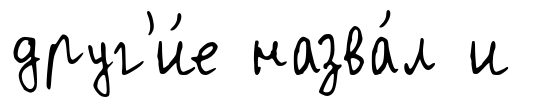
друг'и́е назва́л и